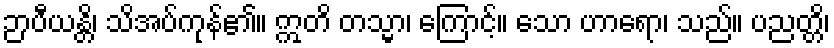
ဉာပီယန္တိ၊ သိအပ်ကုန်၏။ ဣတိ တသ္မာ၊ ကြောင့်။ သော ဟာရော၊ သည်။ ပညတ္တိ၊